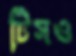
টিসও